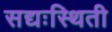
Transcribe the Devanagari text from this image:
सद्यःस्थिती